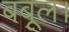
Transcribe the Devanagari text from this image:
बबूल।